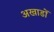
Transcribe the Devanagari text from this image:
अखाडों